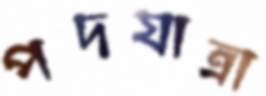
পদযাত্রা